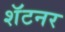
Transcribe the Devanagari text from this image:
शॅटनर